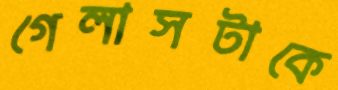
গেলাসটাকে